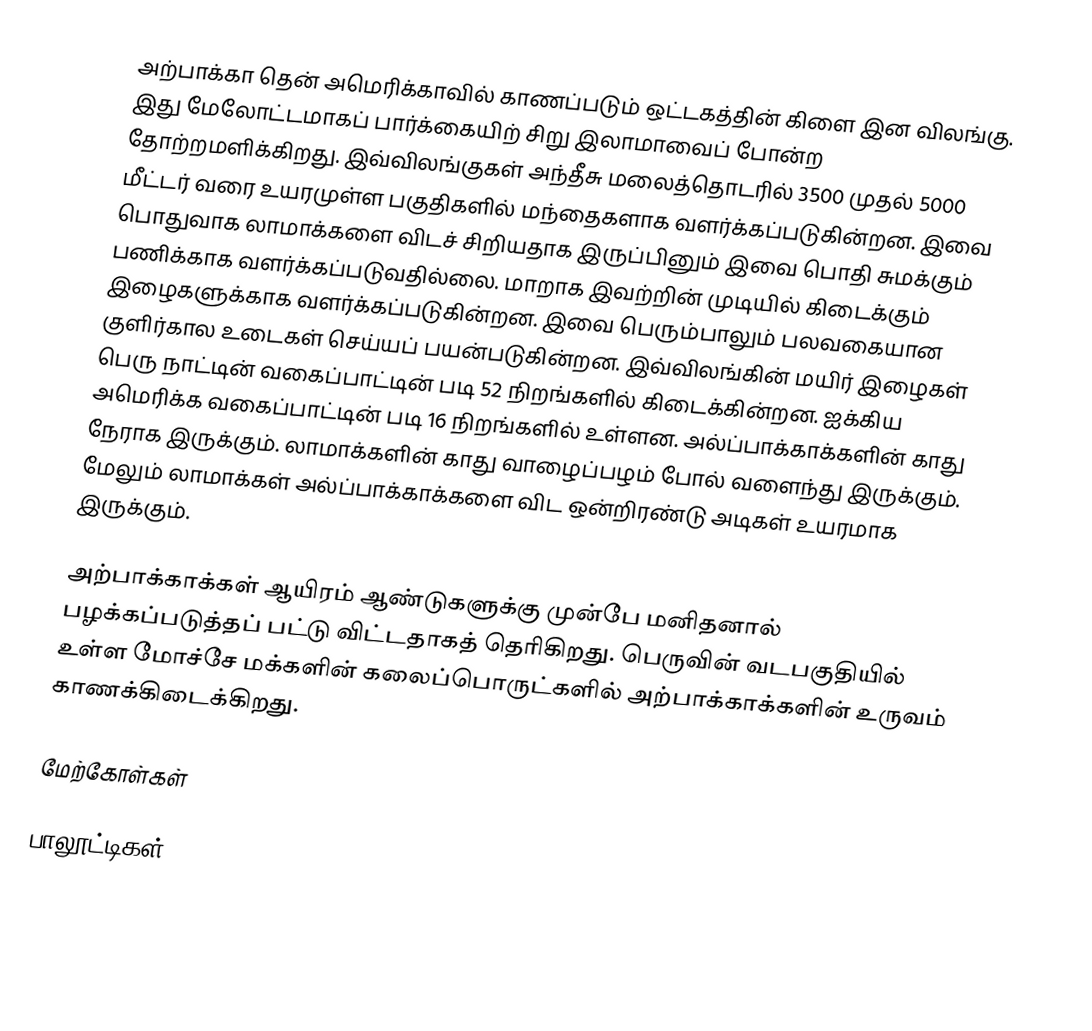
அற்பாக்கா தென் அமெரிக்காவில் காணப்படும் ஒட்டகத்தின் கிளை இன விலங்கு. இது மேலோட்டமாகப் பார்க்கையிற் சிறு இலாமாவைப் போன்ற தோற்றமளிக்கிறது. இவ்விலங்குகள் அந்தீசு மலைத்தொடரில் 3500 முதல் 5000 மீட்டர் வரை உயரமுள்ள பகுதிகளில் மந்தைகளாக வளர்க்கப்படுகின்றன. இவை பொதுவாக லாமாக்களை விடச் சிறியதாக இருப்பினும் இவை பொதி சுமக்கும் பணிக்காக வளர்க்கப்படுவதில்லை. மாறாக இவற்றின் முடியில் கிடைக்கும் இழைகளுக்காக வளர்க்கப்படுகின்றன. இவை பெரும்பாலும் பலவகையான குளிர்கால உடைகள் செய்யப் பயன்படுகின்றன. இவ்விலங்கின் மயிர் இழைகள் பெரு நாட்டின் வகைப்பாட்டின் படி 52 நிறங்களில் கிடைக்கின்றன. ஐக்கிய அமெரிக்க வகைப்பாட்டின் படி 16 நிறங்களில் உள்ளன. அல்ப்பாக்காக்களின் காது நேராக இருக்கும். லாமாக்களின் காது வாழைப்பழம் போல் வளைந்து இருக்கும். மேலும் லாமாக்கள் அல்ப்பாக்காக்களை விட ஒன்றிரண்டு அடிகள் உயரமாக இருக்கும்.

அற்பாக்காக்கள் ஆயிரம் ஆண்டுகளுக்கு முன்பே மனிதனால் பழக்கப்படுத்தப் பட்டு விட்டதாகத் தெரிகிறது. பெருவின் வடபகுதியில் உள்ள மோச்சே மக்களின் கலைப்பொருட்களில் அற்பாக்காக்களின் உருவம் காணக்கிடைக்கிறது.

மேற்கோள்கள்

பாலூட்டிகள்